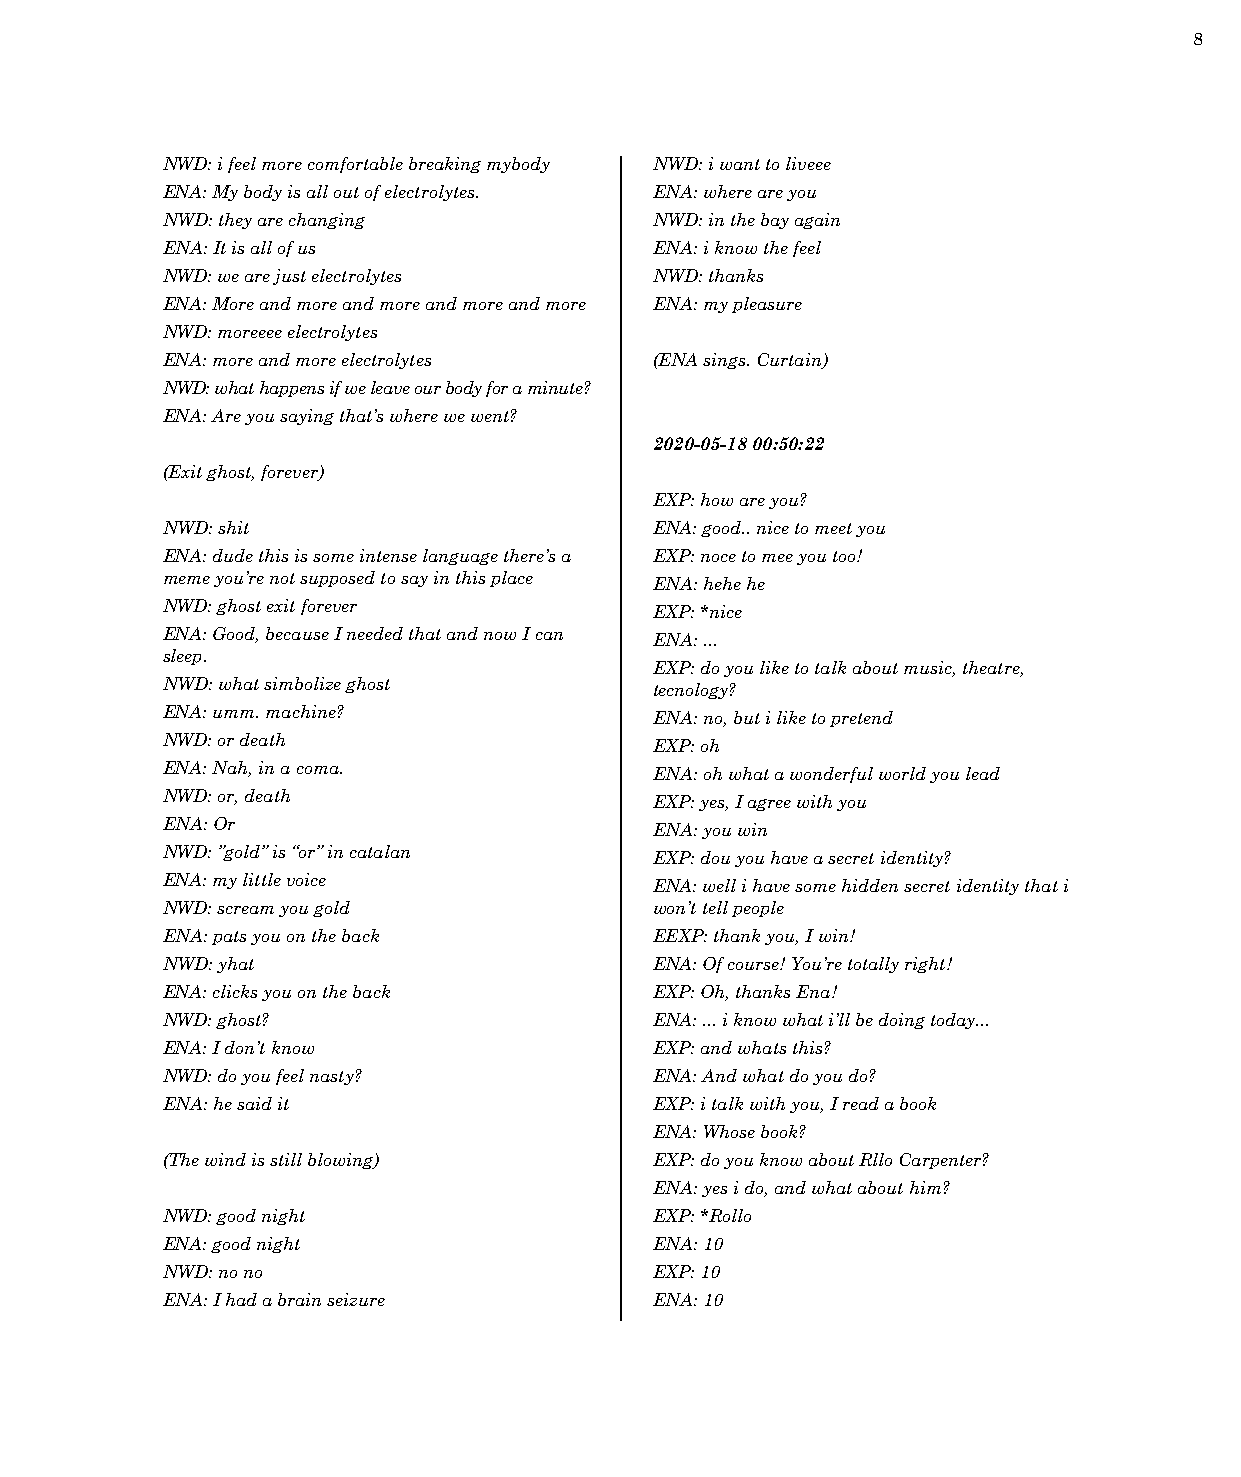
8
 NWD: i feel more comfortable breaking mybody NWD: i want to liveee
 ENA: My body is all out of electrolytes. ENA: where are you
 NWD: they are changing          NWD: in the bay again
 ENA: It is all of us            ENA: i know the feel
 NWD: we are just electrolytes   NWD: thanks
 ENA: More and more and more and more and more ENA: my pleasure
 NWD: moreeee electrolytes
 ENA: more and more electrolytes (ENA sings. Curtain)
 NWD: what happens if we leave our body for a minute?
 ENA: Are you saying that’s where we went?
 2020-05-18 00:50:22
 (Exit ghost, forever)
 EXP: how are you?
 NWD: shit                       ENA: good.. nice to meet you
 ENA: dude this is some intense language there’s a EXP: noce to mee you too!
 meme you’re not supposed to say in this place ENA: hehe he
 NWD: ghost exit forever         EXP: *nice
 ENA: Good, because I needed that and now I can ENA: ...
 sleep.
 EXP: do you like to talk about music, theatre,
 NWD: what simbolize ghost       tecnology?
 ENA: umm. machine?              ENA: no, but i like to pretend
 NWD: or death                   EXP: oh
 ENA: Nah, in a coma.            ENA: oh what a wonderful world you lead
 NWD: or, death                  EXP: yes, I agree with you
 ENA: Or                         ENA: you win
 NWD: ”gold” is “or” in catalan  EXP: dou you have a secret identity?
 ENA: my little voice            ENA: well i have some hidden secret identity that i
 NWD: scream you gold            won’t tell people
 ENA: pats you on the back       EEXP: thank you, I win!
 NWD: yhat                       ENA: Of course! You’re totally right!
 ENA: clicks you on the back     EXP: Oh, thanks Ena!
 NWD: ghost?                     ENA: ... i know what i’ll be doing today...
 ENA: I don’t know               EXP: and whats this?
 NWD: do you feel nasty?         ENA: And what do you do?
 ENA: he said it                 EXP: i talk with you, I read a book
 ENA: Whose book?
 (The wind is still blowing)     EXP: do you know about Rllo Carpenter?
 ENA: yes i do, and what about him?
 NWD: good night                 EXP: *Rollo
 ENA: good night                 ENA: 10
 NWD: no no                      EXP: 10
 ENA: I had a brain seizure      ENA: 10